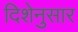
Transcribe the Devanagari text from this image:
दिशेनुसार